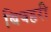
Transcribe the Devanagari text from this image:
बिषहरी